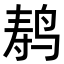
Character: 𬸍